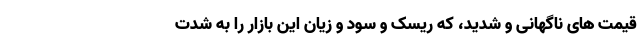
قیمت های ناگهانی و شدید، که ریسک و سود و زیان این بازار را به شدت